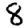
Digit: 8